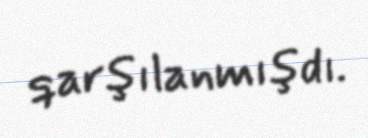
qarşılanmışdı.